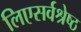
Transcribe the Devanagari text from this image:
लिएसर्वश्रेष्ठ